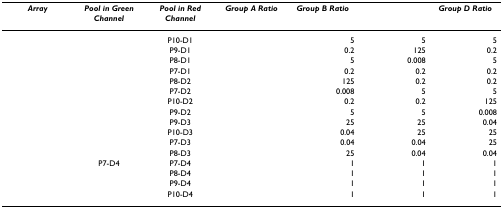
<table><thead><tr><td><b><i>Array</i></b></td><td><b><i>Pool in Green Channel</i></b></td><td><b><i>Pool in Red Channel</i></b></td><td><b><i>Group A Ratio</i></b></td><td><b><i>Group B Ratio</i></b></td><td>[EMPTY_CELL]</td><td><b><i>Group D Ratio</i></b></td></tr></thead><tbody><tr><td>[EMPTY_CELL]</td><td>[EMPTY_CELL]</td><td>P10-D1</td><td>[EMPTY_CELL]</td><td>5</td><td>5</td><td>5</td></tr><tr><td>[EMPTY_CELL]</td><td>[EMPTY_CELL]</td><td>P9-D1</td><td>[EMPTY_CELL]</td><td>0.2</td><td>125</td><td>0.2</td></tr><tr><td>[EMPTY_CELL]</td><td>[EMPTY_CELL]</td><td>P8-D1</td><td>[EMPTY_CELL]</td><td>5</td><td>0.008</td><td>5</td></tr><tr><td>[EMPTY_CELL]</td><td>[EMPTY_CELL]</td><td>P7-D1</td><td>[EMPTY_CELL]</td><td>0.2</td><td>0.2</td><td>0.2</td></tr><tr><td>[EMPTY_CELL]</td><td>[EMPTY_CELL]</td><td>P8-D2</td><td>[EMPTY_CELL]</td><td>125</td><td>0.2</td><td>0.2</td></tr><tr><td>[EMPTY_CELL]</td><td>[EMPTY_CELL]</td><td>P7-D2</td><td>[EMPTY_CELL]</td><td>0.008</td><td>5</td><td>5</td></tr><tr><td>[EMPTY_CELL]</td><td>[EMPTY_CELL]</td><td>P10-D2</td><td>[EMPTY_CELL]</td><td>0.2</td><td>0.2</td><td>125</td></tr><tr><td>[EMPTY_CELL]</td><td>[EMPTY_CELL]</td><td>P9-D2</td><td>[EMPTY_CELL]</td><td>5</td><td>5</td><td>0.008</td></tr><tr><td>[EMPTY_CELL]</td><td>[EMPTY_CELL]</td><td>P9-D3</td><td>[EMPTY_CELL]</td><td>25</td><td>25</td><td>0.04</td></tr><tr><td>[EMPTY_CELL]</td><td>[EMPTY_CELL]</td><td>P10-D3</td><td>[EMPTY_CELL]</td><td>0.04</td><td>25</td><td>25</td></tr><tr><td>[EMPTY_CELL]</td><td>[EMPTY_CELL]</td><td>P7-D3</td><td>[EMPTY_CELL]</td><td>0.04</td><td>0.04</td><td>25</td></tr><tr><td>[EMPTY_CELL]</td><td>[EMPTY_CELL]</td><td>P8-D3</td><td>[EMPTY_CELL]</td><td>25</td><td>0.04</td><td>0.04</td></tr><tr><td>[EMPTY_CELL]</td><td>P7-D4</td><td>P7-D4</td><td>[EMPTY_CELL]</td><td>1</td><td>1</td><td>1</td></tr><tr><td>[EMPTY_CELL]</td><td>[EMPTY_CELL]</td><td>P8-D4</td><td>[EMPTY_CELL]</td><td>1</td><td>1</td><td>1</td></tr><tr><td>[EMPTY_CELL]</td><td>[EMPTY_CELL]</td><td>P9-D4</td><td>[EMPTY_CELL]</td><td>1</td><td>1</td><td>1</td></tr><tr><td>[EMPTY_CELL]</td><td>[EMPTY_CELL]</td><td>P10-D4</td><td>[EMPTY_CELL]</td><td>1</td><td>1</td><td>1</td></tr></tbody></table>